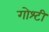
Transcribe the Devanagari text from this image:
गोश्टी